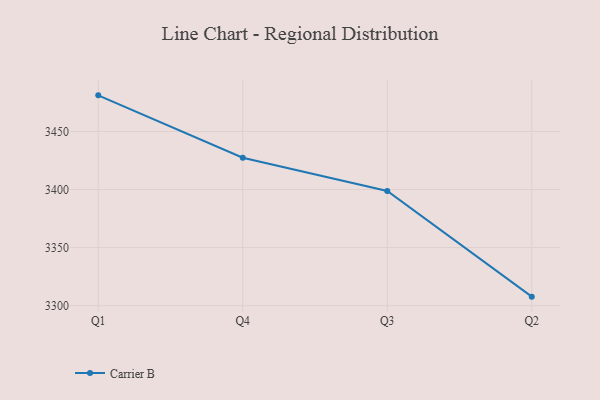
{"axis": {"x": "Quarter", "y": "Energy Usage (MWh)"}, "legend": ["Carrier B"], "data": [{"x": "Q1", "y": 3481.0, "type": "Carrier B"}, {"x": "Q4", "y": 3427.3, "type": "Carrier B"}, {"x": "Q3", "y": 3398.7, "type": "Carrier B"}, {"x": "Q2", "y": 3307.8, "type": "Carrier B"}]}